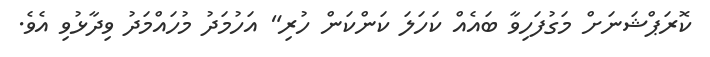
ކޮރަޕްޝަނަށް މަގުފަހިވާ ބައެއް ކަހަލަ ކަންކަން ހުރި" އަހުމަދު މުހައްމަދު ވިދާޅުވި އެވެ.